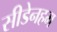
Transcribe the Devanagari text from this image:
सीडेनहम